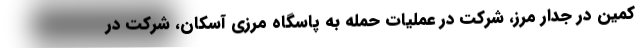
کمین در جدار مرز، شرکت در عملیات حمله به پاسگاه مرزی آسکان، شرکت در